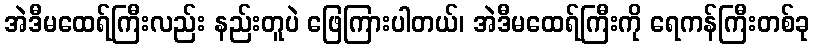
အဲဒီမထေရ်ကြီးလည်း နည်းတူပဲ ဖြေကြားပါတယ်၊ အဲဒီမထေရ်ကြီးကို ရေကန်ကြီးတစ်ခု